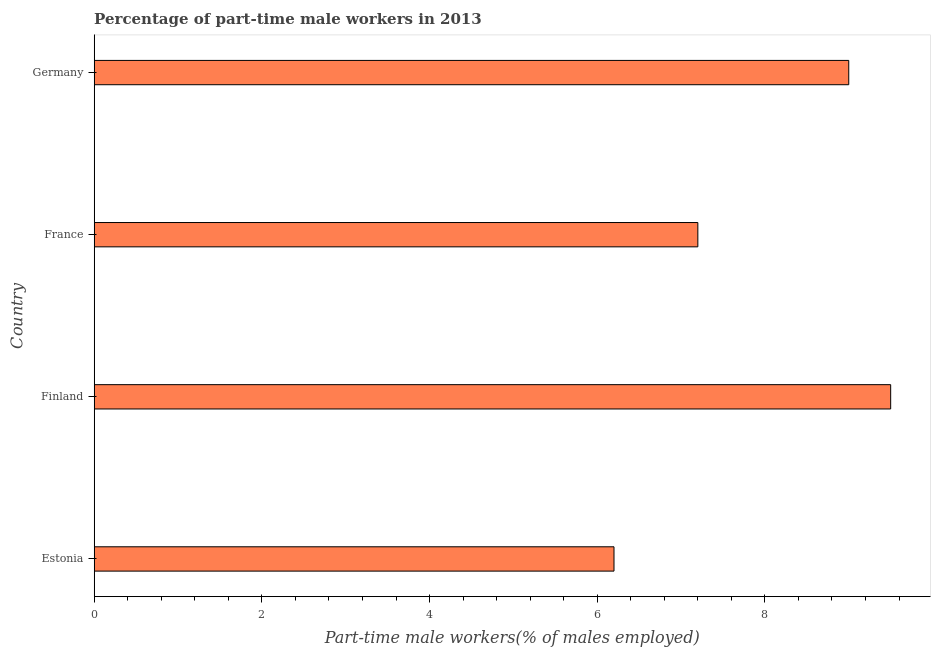
| Country | Part time employment |
 | --- | --- |
 | Estonia | 6.2 |
 | Finland | 9.5 |
 | France | 7.2 |
 | Germany | 9 |